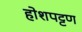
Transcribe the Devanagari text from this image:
होशपट्टण